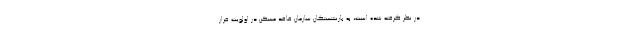
در نظر گرفته شده است، به بازنشستگان سازمان فاقد مسکن در اولویت قرار